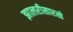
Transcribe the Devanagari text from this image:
झालरीसारखे